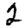
Digit: 2